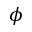
\phi